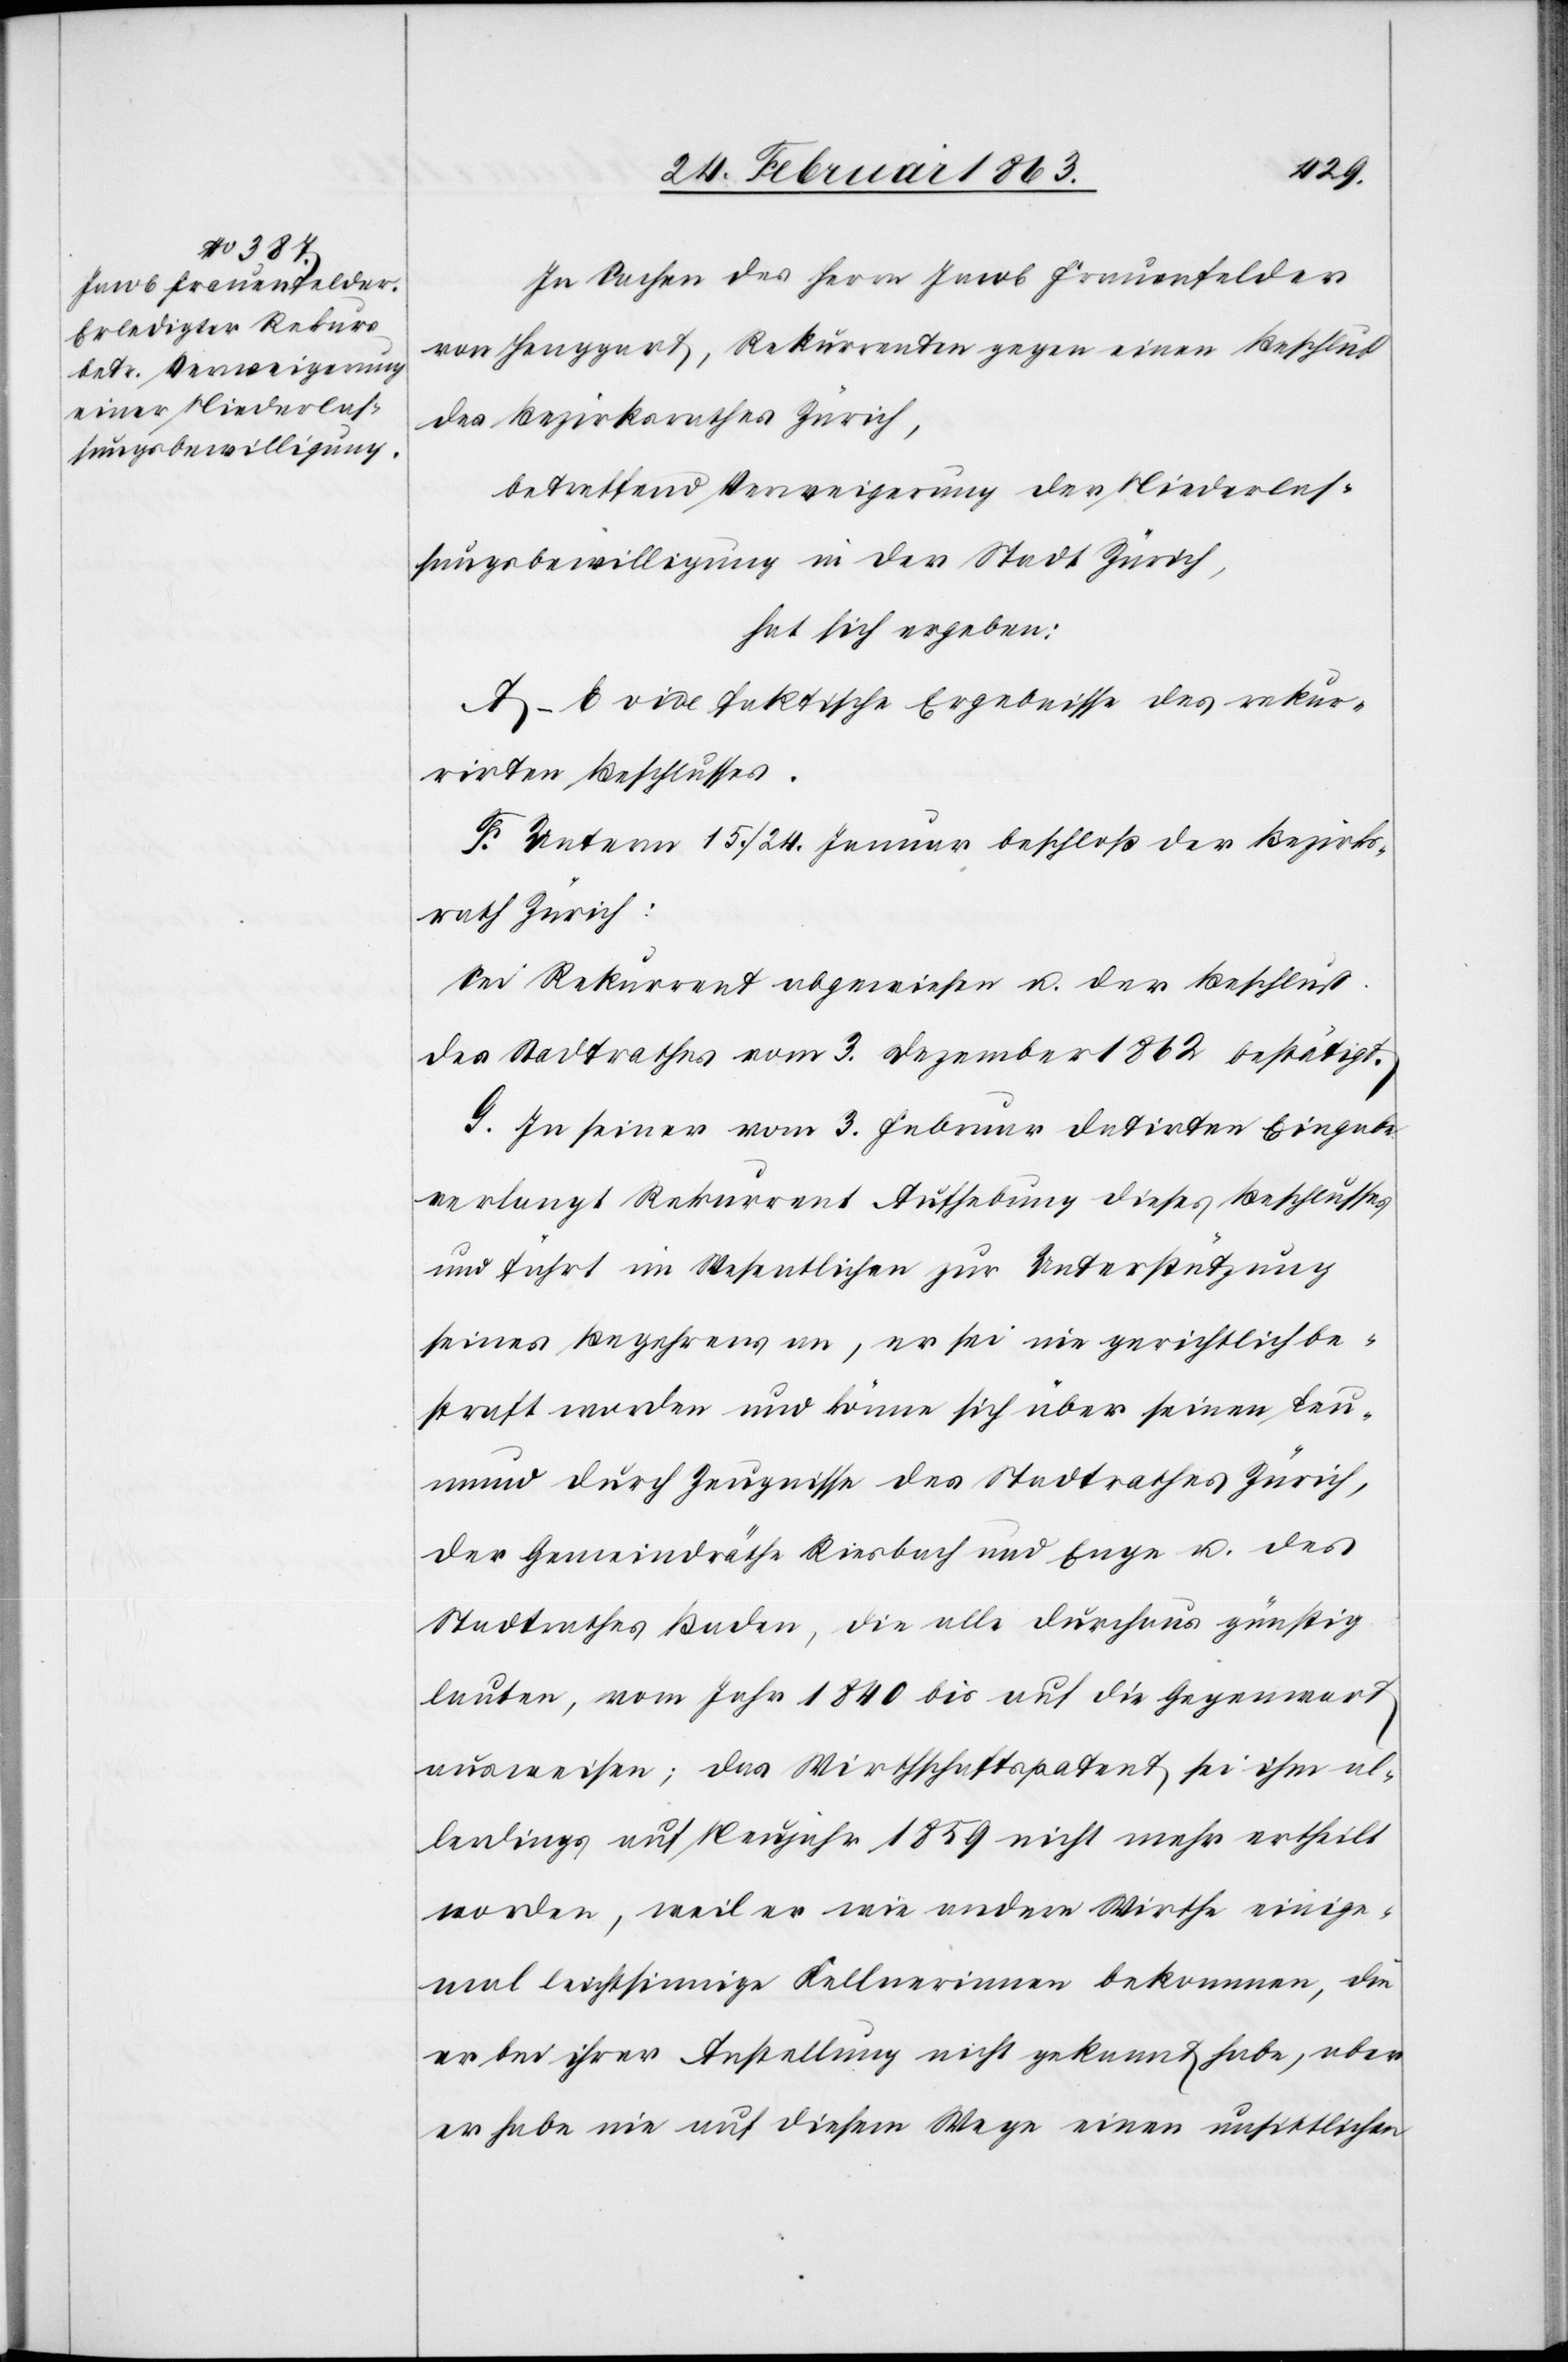
In Sachen des Herrn Jacob Frauenfelder
von Henggart, Rekurrenten gegen einen Beschluß
des Bezirksrathes Zürich,
betreffend Verweigerung der Niederlas¬
sungsbewilligung in der Stadt Zürich,
hat sich ergeben:
A–E vide faktische Ergebnisse des rekur¬
rirten Beschlusses.
F. Unterm 15./24. Januar beschloß der Bezirks¬
rath Zürich:
Sei Rekurrent abgewiesen u. der Beschluß
des Stadtrathes vom 3. Dezember 1862 bestätigt.
G. In seiner vom 3. Februar datirten Eingabe
verlangt Rekurrent Aufhebung dieses Beschlusses
und führt im Wesentlichen zur Unterstützung
seines Begehrens an, er sei nie gerichtlich be¬
straft worden und könne sich über seinen Leu¬
mund durch Zeugnisse des Stadtrathes Zürich,
der Gemeindräthe Riesbach und Enge u. des
Stadtrathes Baden, die alle durchaus günstig
lauten, vom Jahr 1840 bis auf die Gegenwart
ausweisen; das Wirthschaftspatent sei ihm al¬
lerdings auf Neujahr 1859 nicht mehr ertheilt
worden, weil er wie andere Wirthe einige¬
mal leichtsinnige Kellnerinnen bekommen, die
er bei ihrer Anstellung nicht gekannt habe, aber
er habe nie auf diesem Weg einen unsittlichen